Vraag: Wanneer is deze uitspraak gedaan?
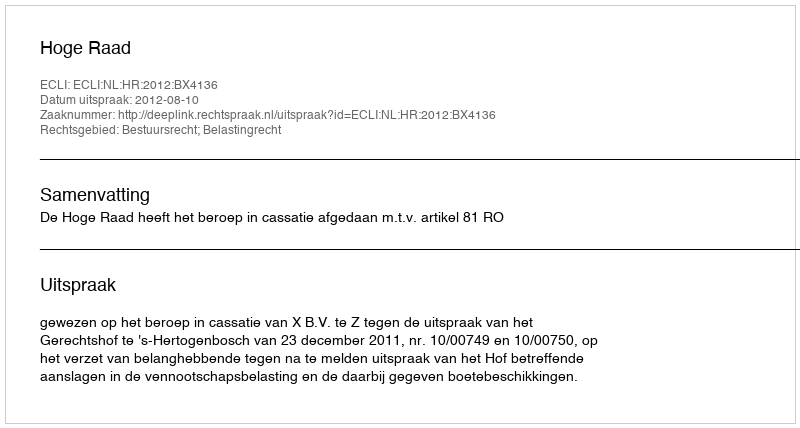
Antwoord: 2012-08-10